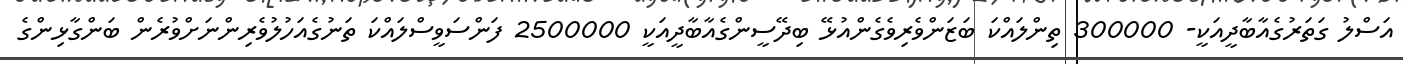
އަސްލު ގަތަރުގެއާބާދީއަކީ- 300000 ތިންލައްކަ ބަޒަންވެރިވެގެންއުޅޭ ބިދޭސީންގެއާބާދީއަކީ 2500000 ފަންސަވީސްލައްކަ ތަނުގެއަހުލުވެރިންނަށްވުރެން ބަންގާޅިންގެ